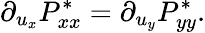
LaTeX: \partial_{u_{x}}P_{xx}^{*}=\partial_{u_{y}}P_{yy}^{*}.